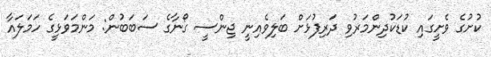
ކުށުގެ ވެށީގައި ކުޑަކުދިންމަރުވި ދަރިފުޅަށް ބަލިވެއިނީ ޖިންސީ ގޯނާގެ ސަބަބުން: މަންމަވަޅީގެ ހަމަލައާ